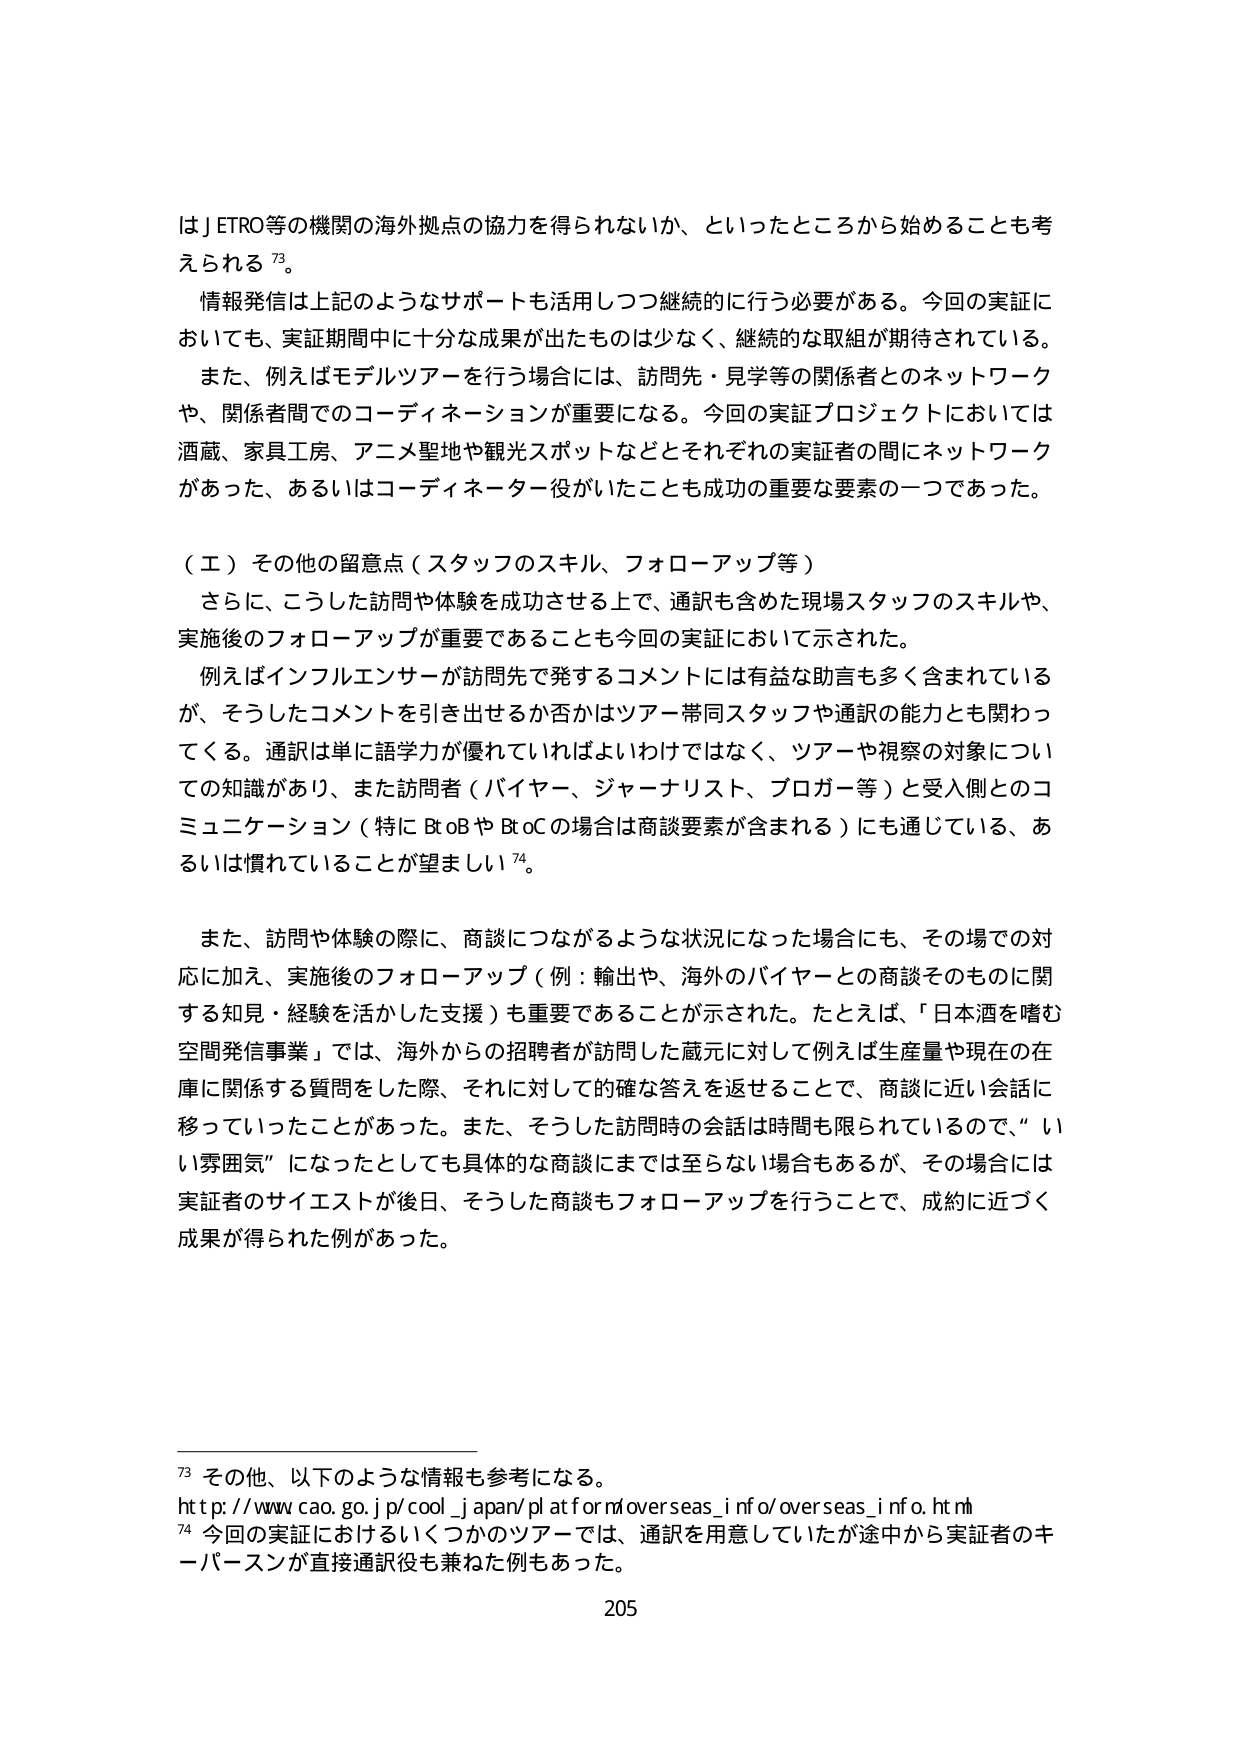
はJETRO等の機関の海外拠点の協力を得られないか、といったところから始めることも考えられる73。

情報発信は上記のようなサポートも活用しつつ継続的に行う必要がある。今回の実証においても、実証期間中に十分な成果が出たものは少なく、継続的な取組が期待されている。

また、例えばモデルツアーを行う場合には、訪問先・見学等の関係者とのネットワークや、関係者間でのコーディネーションが重要になる。今回の実証プロジェクトにおいては酒蔵、家具工房、アニメ聖地や観光スポットなどとそれぞれの実証者の間にネットワークがあった、あるいはコーディネーター役がいたことも成功の重要な要素の一つであった。

（エ）その他の留意点（スタッフのスキル、フォローアップ等）

さらに、こうした訪問や体験を成功させる上で、通訳も含めた現場スタッフのスキルや、実施後のフォローアップが重要であることも今回の実証において示された。

例えばインフルエンサーが訪問先で発するコメントには有益な助言も多く含まれているが、そうしたコメントを引き出せるか否かはツアー帯同スタッフや通訳の能力とも関わってくる。通訳は単に語学力が優れていればよいわけではなく、ツアーや視察の対象についての知識があり、また訪問者（バイヤー、ジャーナリスト、ブロガー等）と受入側とのコミュニケーション（特にBtoBやBtoCの場合は商談要素が含まれる）にも通じている、あるいは慣れていることが望ましい74。

また、訪問や体験の際に、商談につながるような状況になった場合にも、その場での対応に加え、実施後のフォローアップ（例：輸出や、海外のバイヤーとの商談そのものに関する知見・経験を活かした支援）も重要であることが示された。たとえば、「日本酒を嗜む空間発信事業」では、海外からの招聘者が訪問した蔵元に対して例えば生産量や現在の在庫に関する質問をした際、それに対して的確な答えを返せることで、商談に近い会話に移っていったことがあった。また、そうした訪問時の会話は時間も限られているので、“いい雰囲気”になったとしても具体的な商談にまでは至らない場合もあるが、その場合には実証者のサイエストが後日、そうした商談もフォローアップを行うことで、成約に近づく成果が得られた例があった。

73 その他、以下のような情報も参考になる。
http://www.cao.go.jp/cool_japan/platform/overseas_info/overseas_info.htm
74 今回の実証におけるいくつかのツアーでは、通訳を用意していたが途中から実証者のキーパーソンが直接通訳役も兼ねた例もあった。

205